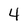
Character: 4